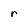
Character: r